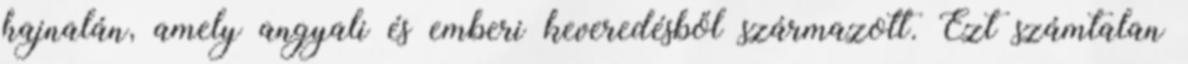
hajnalán, amely angyali és emberi keveredésből származott. Ezt számtalan